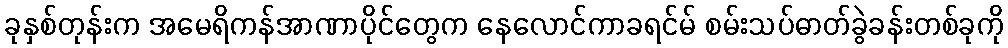
ခုနှစ်တုန်းက အမေရိကန်အာဏာပိုင်တွေက နေလောင်ကာခရင်မ် စမ်းသပ်ဓာတ်ခွဲခန်းတစ်ခုကို